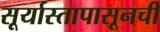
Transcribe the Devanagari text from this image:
सूर्यास्तापासूनची